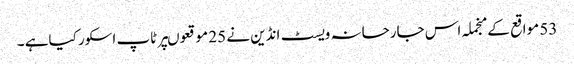
53 مواقع کے منجملہ اس جارحانہ ویسٹ انڈین نے 25 موقعوںپر ٹاپ اسکور کیاہے ۔